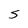
Character: S